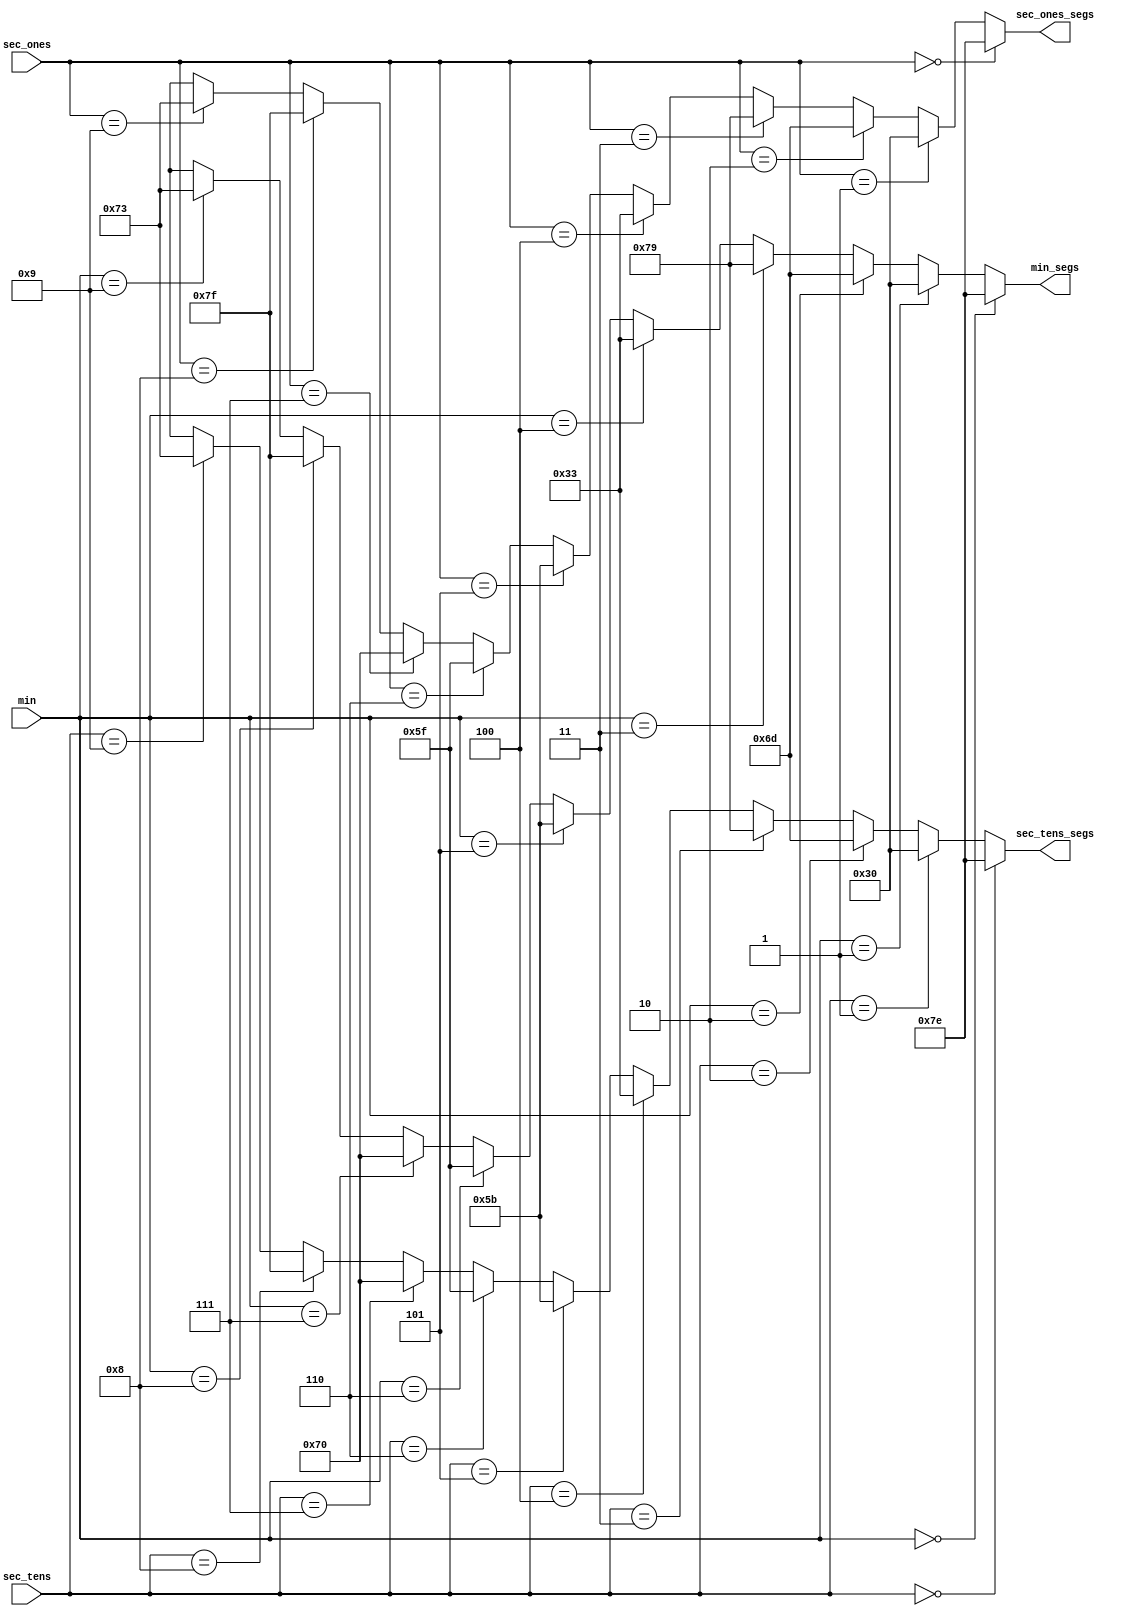
module decoder (
    input wire [3:0] sec_ones,
    input wire [3:0] sec_tens,
    input wire [3:0] min,
    output wire [6:0] sec_ones_segs ,
    output wire [6:0] sec_tens_segs ,
    output wire [6:0] min_segs    
);

    assign sec_ones_segs =(sec_ones == 4'b0000)? 7'b1111110: // 0 
                          (sec_ones == 4'b0001)? 7'b0110000: // 1
                          (sec_ones == 4'b0010)? 7'b1101101: // 2 
                          (sec_ones == 4'b0011)? 7'b1111001: // 3
                          (sec_ones == 4'b0100)? 7'b0110011: // 4
                          (sec_ones == 4'b0101)? 7'b1011011: // 5
                          (sec_ones == 4'b0110)? 7'b1011111: // 6
                          (sec_ones == 4'b0111)? 7'b1110000: // 7
                          (sec_ones == 4'b1000)? 7'b1111111: // 8
                          (sec_ones == 4'b1001)? 7'b1110011: // 9
                          8'bXXXX_XXXX ;
    assign sec_tens_segs =(sec_tens == 4'b0000)? 7'b1111110: // 0 
                          (sec_tens == 4'b0001)? 7'b0110000: // 1
                          (sec_tens == 4'b0010)? 7'b1101101: // 2 
                          (sec_tens == 4'b0011)? 7'b1111001: // 3
                          (sec_tens == 4'b0100)? 7'b0110011: // 4
                          (sec_tens == 4'b0101)? 7'b1011011: // 5
                          (sec_tens == 4'b0110)? 7'b1011111: // 6
                          (sec_tens == 4'b0111)? 7'b1110000: // 7
                          (sec_tens == 4'b1000)? 7'b1111111: // 8
                          (sec_tens == 4'b1001)? 7'b1110011: // 9
                          8'bXXXX_XXXX ;

    assign min_segs =     (min == 4'b0000)? 7'b1111110: // 0 
                          (min == 4'b0001)? 7'b0110000: // 1
                          (min == 4'b0010)? 7'b1101101: // 2 
                          (min == 4'b0011)? 7'b1111001: // 3
                          (min == 4'b0100)? 7'b0110011: // 4
                          (min == 4'b0101)? 7'b1011011: // 5
                          (min == 4'b0110)? 7'b1011111: // 6
                          (min == 4'b0111)? 7'b1110000: // 7
                          (min == 4'b1000)? 7'b1111111: // 8
                          (min == 4'b1001)? 7'b1110011: // 9
                          8'bXXXX_XXXX ; 
    
endmodule